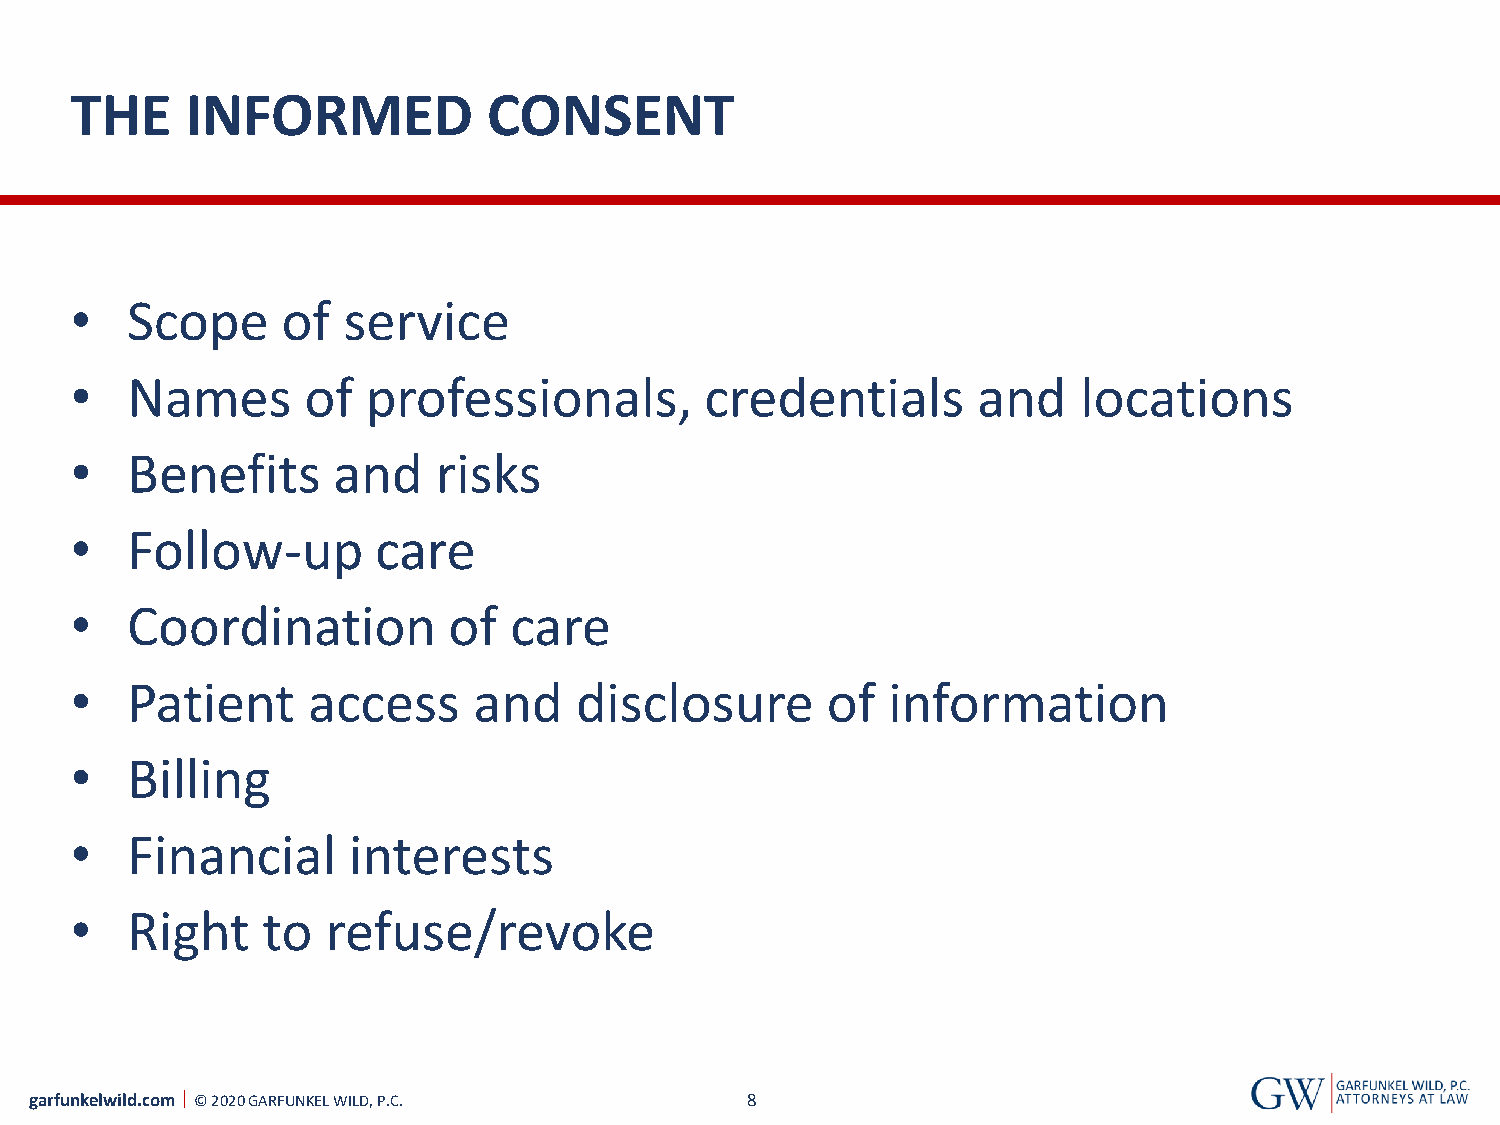
THE    INFORMED            CONSENT
 •  Scope      of  service
 •  Names       of  professionals,         credentials       and    locations
 •  Benefits      and    risks
 •  Follow-up        care
 •  Coordination          of  care
 •  Patient     access     and    disclosure       of  information
 •  Billing
 •  Financial      interests
 •  Right    to   refuse/revoke
 garfunkelwild.com © 2020 GARFUNKEL WILD, P.C.  8